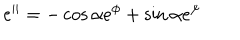
LaTeX: e ^ { | | } = - \cos \alpha e ^ { \phi } + \sin \alpha e ^ { \psi }